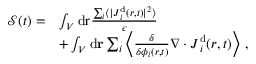
\begin{array} { r l } { { \mathcal { S } } ( t ) = } & { \int _ { V } \mathrm { d } \mathbf { { \boldsymbol { r } } } \frac { \sum _ { i } \langle \vert { { \boldsymbol { J } } } _ { i } ^ { \mathrm { d } } ( { \boldsymbol { r } } , t ) \vert ^ { 2 } \rangle } { \epsilon } } \\ & { + \int _ { V } \mathrm { d } \mathbf { r } \sum _ { i } \left\langle \frac { \delta } { \delta { \phi _ { i } ( \boldsymbol { r } , t ) } } \nabla \cdot { \boldsymbol { J } } _ { i } ^ { \mathrm { d } } ( { \boldsymbol { r } } , t ) \right\rangle \, , } \end{array}